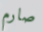
صارم